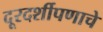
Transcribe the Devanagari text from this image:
दूरदर्शीपणाचे